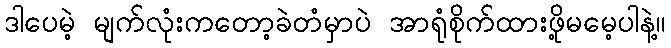
ဒါပေမဲ့ မျက်လုံးကတော့ခဲတံမှာပဲ အာရုံစိုက်ထားဖို့မမေ့ပါနဲ့။